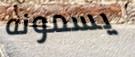
يسمونه